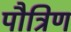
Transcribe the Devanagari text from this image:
पौत्रिण